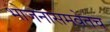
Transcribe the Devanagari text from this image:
भोजनासमवेतच